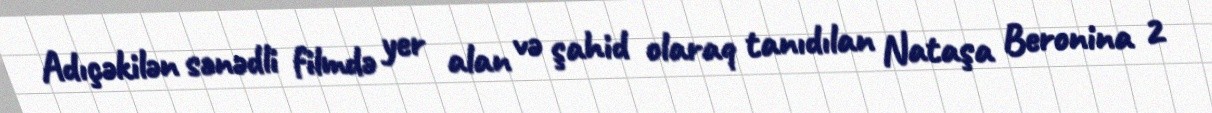
Adıçəkilən sənədli filmdə yer alan və şahid olaraq tanıdılan Nataşa Beronina 2